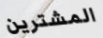
المشترين